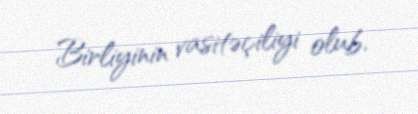
Birliyinin vasitəçiliyi olub.